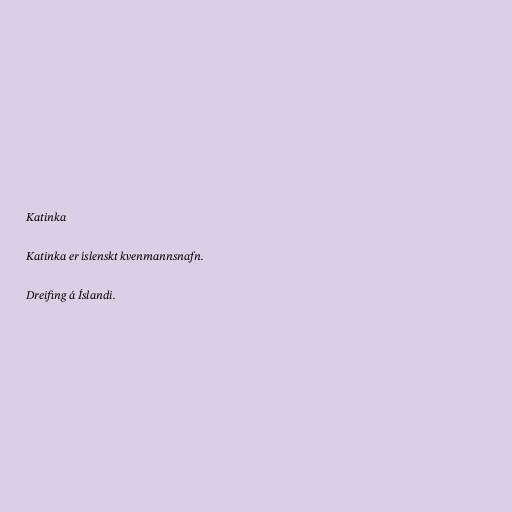
Katinka

Katinka er íslenskt kvenmannsnafn.

Dreifing á Íslandi.